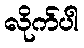
လိုက်ပါ